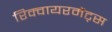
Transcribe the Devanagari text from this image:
रिक्वायरमेंट्स